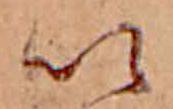
い